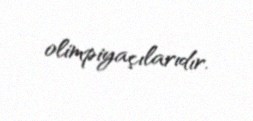
olimpiyaçılarıdır.